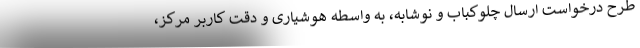
طرح درخواست ارسال چلوکباب و نوشابه، به واسطه هوشیاری و دقت کاربر مرکز،